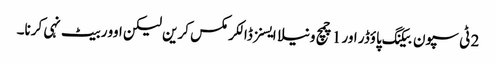
2 ٹی سپون بیکنگ پاؤڈر اور 1 چمچ ونیلا ایسنز ڈالکر مکس کرین لیکن اوور بیٹ نہی کرنا۔